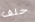
حلف